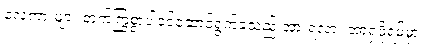
လှေကားများ တက်ကြွစွာပါဝင်ဆောင်ရွက်ခဲ့သည် အားရလား အာရှဖိုရမ်မှာ